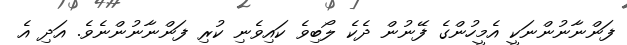
ފަންނާނުންނަކީ އެމީހުންގެ ފޭނުން ދެކެ ލޯބިވެ ކައިވެނި ކުރި ފަންނާނުންނެވެ. އަދި އެ